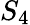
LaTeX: S_{4}